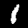
Label: 1